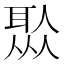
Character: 𦖏